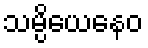
သမ္ပိယေနေဝ